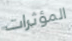
المؤثرات